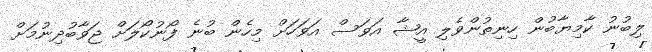
ލިބުނު ކާމިޔާބުން ހިނިތުންވެލި އީޝާ އަވަސް އަވަހަށް މިހެން ބުނެ ފޯނުކޯލަށް ޖަވާބުދިނުމަށް